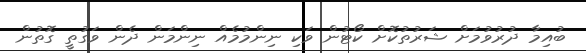
ބުއިމާ ދުރުވުމަށް ޝަރުތުކޮށް ކޯޓުން ވަކި ނިންމުމެއް ނިންމަން ދެން ވަގުތީ ގޮތުން